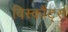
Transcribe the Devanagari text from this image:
विस्कौंट्स